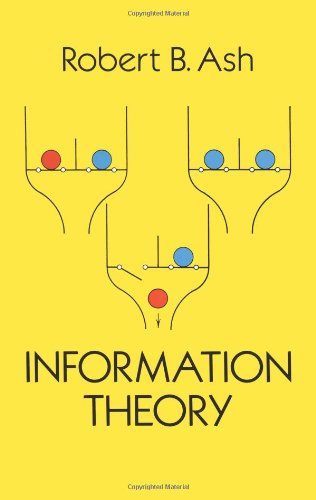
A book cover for Information Theory (Dover Books on Mathematics); Robert B. Ash; Computers & Technology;